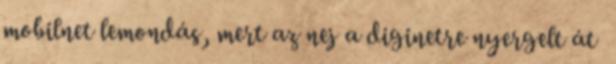
mobilnet lemondás, mert az nej a diginetre nyergelt át